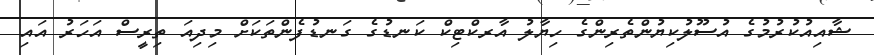
ޝާއިއުކުރުމުގެ އުސޫލުކިޔުންތެރިންގެ ހިޔާލު އާރކްޓިކް ކަނޑުގެ ގަނޑުފެންތަކަށް މިދިއަ ތިރީސް އަހަރު އައި